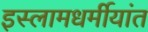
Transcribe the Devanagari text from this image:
इस्लामधर्मीयांत